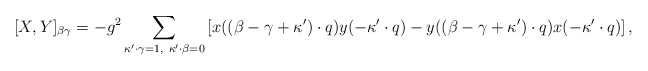
\begin{align*}[X,Y]_{\beta \gamma} =-g^2\sum_{\kappa'\cdot\gamma=1,\ \kappa'\cdot\beta=0} \left[x((\beta-\gamma+\kappa')\cdot q)y(-\kappa'\cdot q)- y((\beta-\gamma+\kappa')\cdot q)x(-\kappa'\cdot q)\right],\end{align*}